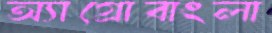
অ্যাগ্রোবাংলা